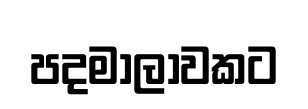
පදමාලාවකට